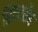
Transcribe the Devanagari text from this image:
रिवरसैद